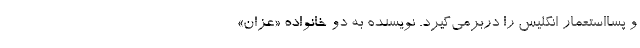
و پسااستعمار انگليس را دربرمي‌گيرد. نويسنده به دو خانواده «عزّان»